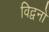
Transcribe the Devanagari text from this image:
विद्वनो